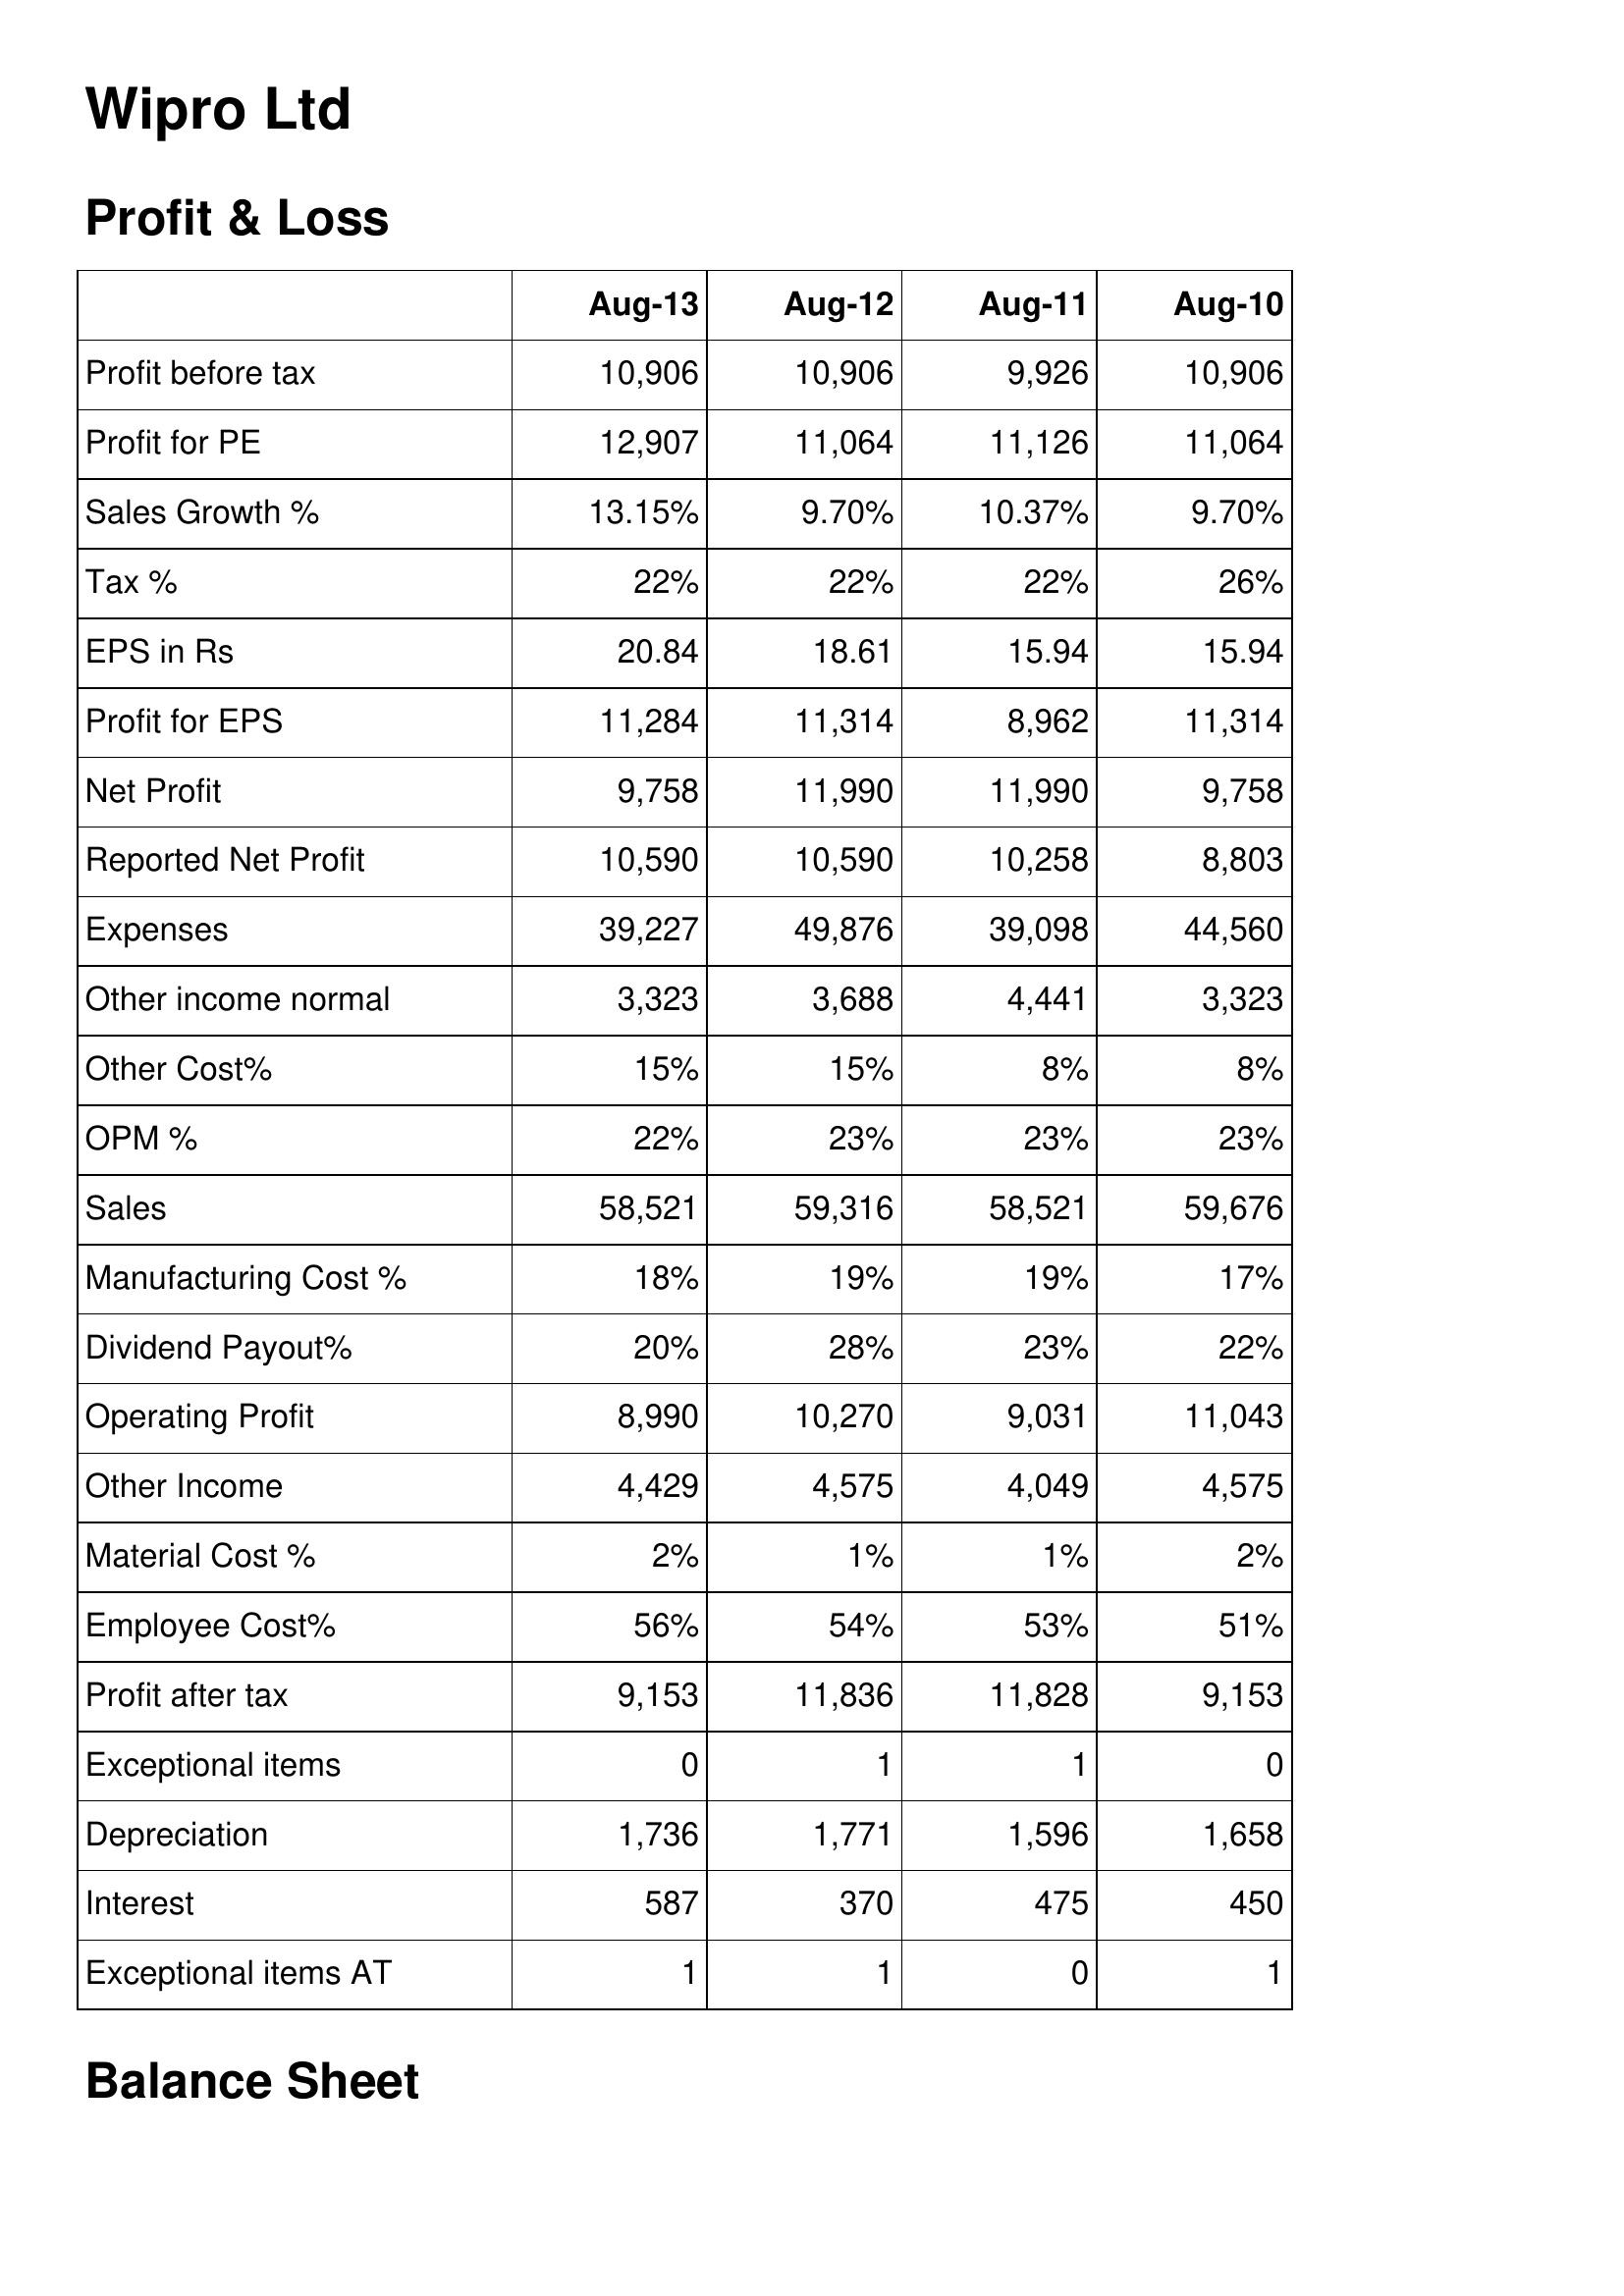
Aug-13: Profit & Loss: Profit before tax: 10,906
Profit for PE: 12,907
Sales Growth %: 13.15%
Tax %: 22%
EPS in Rs: 20.84
Profit for EPS: 11,284
Net Profit: 9,758
Reported Net Profit: 10,590
Expenses: 39,227
Other income normal: 3,323
Other Cost%: 15%
OPM %: 22%
Sales: 58,521
Manufacturing Cost %: 18%
Dividend Payout%: 20%
Operating Profit: 8,990
Other Income: 4,429
Material Cost %: 2%
Employee Cost%: 56%
Profit after tax: 9,153
Exceptional items: 0
Depreciation: 1,736
Interest: 587
Exceptional items AT: 1
Aug-12: Profit & Loss: Profit before tax: 10,906
Profit for PE: 11,064
Sales Growth %: 9.70%
Tax %: 22%
EPS in Rs: 18.61
Profit for EPS: 11,314
Net Profit: 11,990
Reported Net Profit: 10,590
Expenses: 49,876
Other income normal: 3,688
Other Cost%: 15%
OPM %: 23%
Sales: 59,316
Manufacturing Cost %: 19%
Dividend Payout%: 28%
Operating Profit: 10,270
Other Income: 4,575
Material Cost %: 1%
Employee Cost%: 54%
Profit after tax: 11,836
Exceptional items: 1
Depreciation: 1,771
Interest: 370
Exceptional items AT: 1
Aug-11: Profit & Loss: Profit before tax: 9,926
Profit for PE: 11,126
Sales Growth %: 10.37%
Tax %: 22%
EPS in Rs: 15.94
Profit for EPS: 8,962
Net Profit: 11,990
Reported Net Profit: 10,258
Expenses: 39,098
Other income normal: 4,441
Other Cost%: 8%
OPM %: 23%
Sales: 58,521
Manufacturing Cost %: 19%
Dividend Payout%: 23%
Operating Profit: 9,031
Other Income: 4,049
Material Cost %: 1%
Employee Cost%: 53%
Profit after tax: 11,828
Exceptional items: 1
Depreciation: 1,596
Interest: 475
Exceptional items AT: 0
Aug-10: Profit & Loss: Profit before tax: 10,906
Profit for PE: 11,064
Sales Growth %: 9.70%
Tax %: 26%
EPS in Rs: 15.94
Profit for EPS: 11,314
Net Profit: 9,758
Reported Net Profit: 8,803
Expenses: 44,560
Other income normal: 3,323
Other Cost%: 8%
OPM %: 23%
Sales: 59,676
Manufacturing Cost %: 17%
Dividend Payout%: 22%
Operating Profit: 11,043
Other Income: 4,575
Material Cost %: 2%
Employee Cost%: 51%
Profit after tax: 9,153
Exceptional items: 0
Depreciation: 1,658
Interest: 450
Exceptional items AT: 1